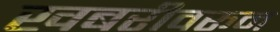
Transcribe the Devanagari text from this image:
खबरीवरून